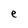
Character: e